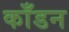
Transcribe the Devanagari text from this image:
काँडन